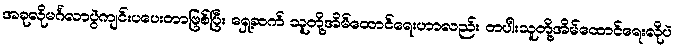
အခုလိုမင်္ဂလာပွဲကျင်းပပေးတာဖြစ်ပြီး ရှေ့ဆက် သူတို့အိမ်ထောင်ရေးဟာလည်း တပါးသူတို့အိမ်ထောင်ရေးလိုပဲ